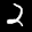
Label: 2